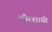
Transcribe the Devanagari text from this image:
क्षीरशायी